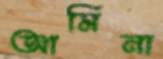
আমিনা